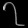
Digit: ၇